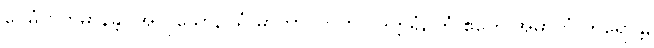
ပေမံ ဗဟုမာနန္တိ။ အာဝုသော, ယံ မာတာပိတူဟိပိ ဒုက္ကရံ, တံ ဧတေ အမှာကံ ကရောန္တိ,